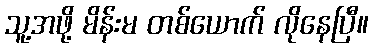
သူ့အဖို့ မိန်းမ တစ်ယောက် လိုနေပြီ။